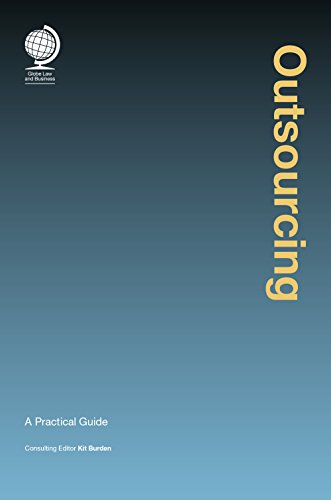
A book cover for Outsourcing: A Practical Guide; Business & Money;